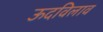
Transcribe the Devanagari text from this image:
ऊदविलाव